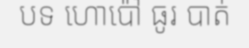
បទ ហោប៉ៅ ធូរ បាត់